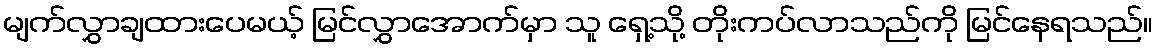
မျက်လွှာချထားပေမယ့် မြင်လွှာအောက်မှာ သူ ရှေ့သို့ တိုးကပ်လာသည်ကို မြင်နေရသည်။